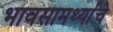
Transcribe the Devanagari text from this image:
भावसामर्थ्याचे